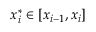
x _ { i } ^ { * } \in [ x _ { i - 1 } , x _ { i } ]